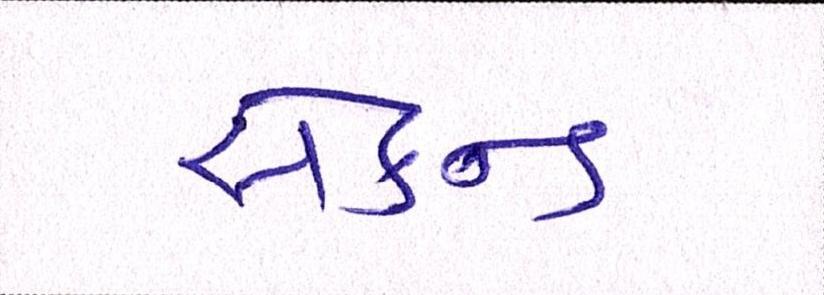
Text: સેકન્ડ